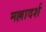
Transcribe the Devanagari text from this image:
मल्लादर्श